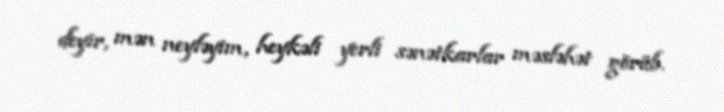
deyir, mən neyləyim, heykəli yerli sənətkarlar məsləhət görüb.